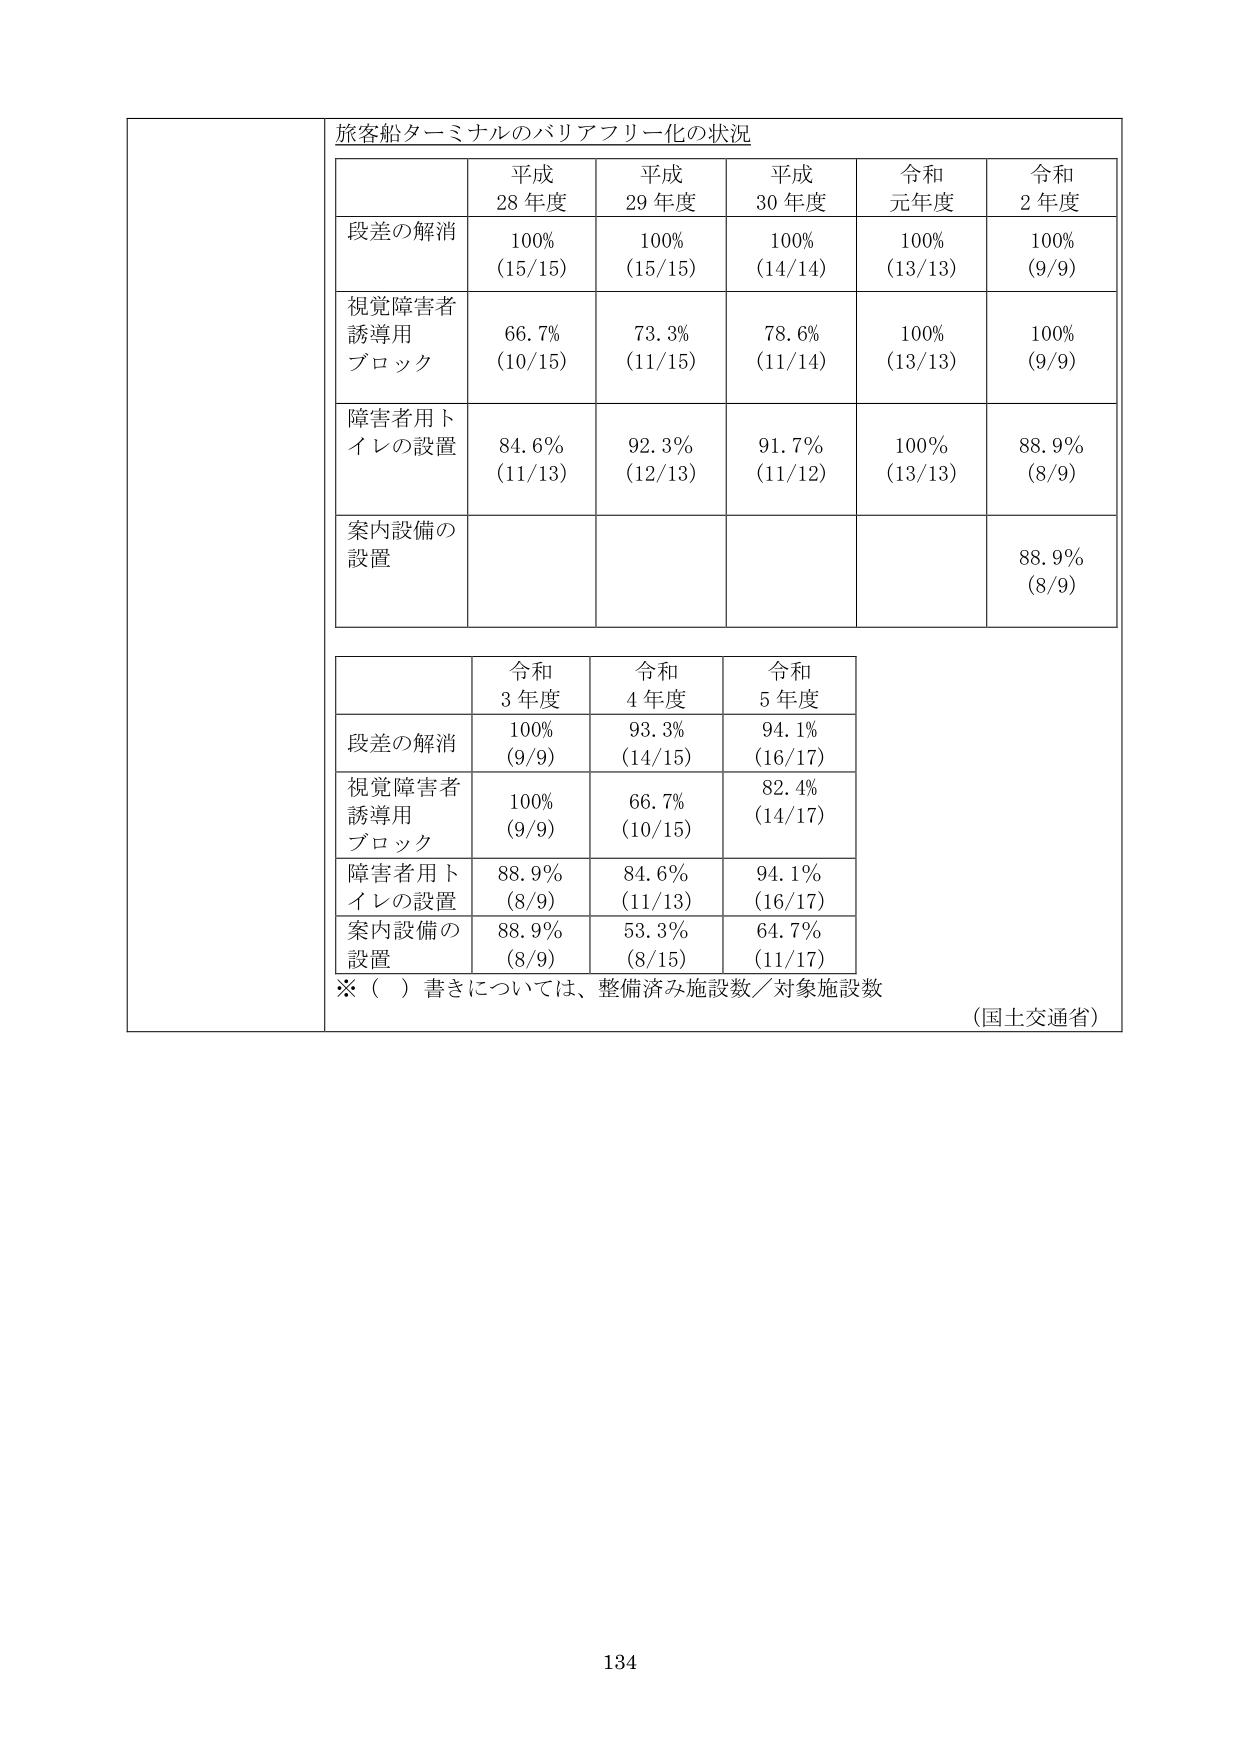
旅客船ターミナルのバリアフリー化の状況

平成28年度　平成29年度　平成30年度　令和元年度　令和2年度

段差の解消
100% (15/15)　100% (15/15)　100% (14/14)　100% (13/13)　100% (9/9)

視覚障害者誘導用ブロック
66.7% (10/15)　73.3% (11/15)　78.6% (11/14)　100% (13/13)　100% (9/9)

障害者用トイレの設置
84.6% (11/13)　92.3% (12/13)　91.7% (11/12)　100% (13/13)　88.9% (8/9)

案内設備の設置
　　　　　　　　　　　　　　　　　　　　　　　　　　　88.9% (8/9)

令和3年度　令和4年度　令和5年度

段差の解消
100% (9/9)　93.3% (14/15)　94.1% (16/17)

視覚障害者誘導用ブロック
100% (9/9)　66.7% (10/15)　82.4% (14/17)

障害者用トイレの設置
88.9% (8/9)　84.6% (11/13)　94.1% (16/17)

案内設備の設置
88.9% (8/9)　53.3% (8/15)　64.7% (11/17)

※（　）書きについては、整備済み施設数／対象施設数

（国土交通省）

134